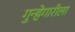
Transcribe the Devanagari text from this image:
गुन्हेगारीला